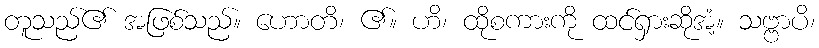
တူသည်၏ အဖြစ်သည်။ ဟောတိ၊ ၏။ ဟိ၊ ထိုစကားကို ထင်ရှားဆိုအံ့။ သဗ္ဗာပိ၊